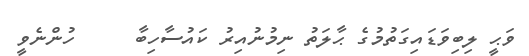
ވަޙީ ލިބިވަޑައިގަތުމުގެ ޙާލަތު ނިމުނުއިރު ކައުސާހިބާ     ހުންނެވީ